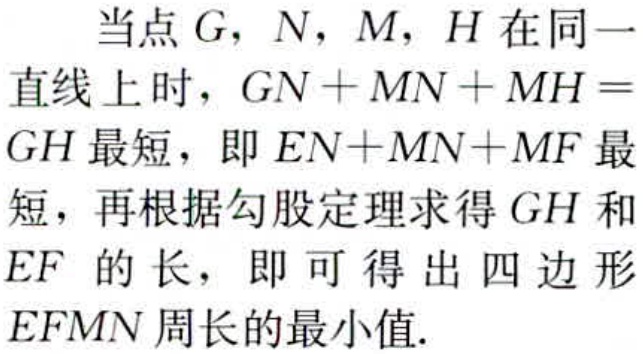
当点\(G\)，\(N\)，\(M\)，\(H\)在同一直线上时，\(GN + MN + MH = GH\)最短，即\(EN+MN + MF\)最短，再根据勾股定理求得\(GH\)和\(EF\) 的长，即可得出四边形\(EFMN\)周长的最小值.